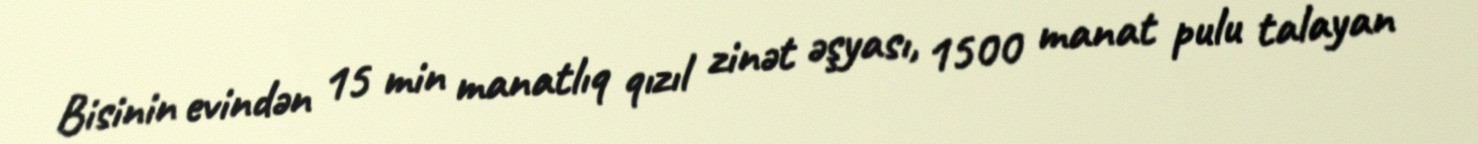
Bisinin evindən 15 min manatlıq qızıl zinət əşyası, 1500 manat pulu talayan